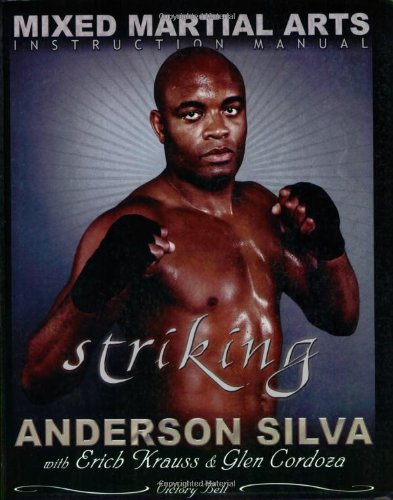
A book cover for The Mixed Martial Arts Instruction Manual: Striking; Anderson Silva; Sports & Outdoors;